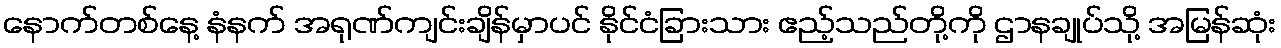
နောက်တစ်နေ့ နံနက် အရုဏ်ကျင်းချိန်မှာပင် နိုင်ငံခြားသား ဧည့်သည်တို့ကို ဌာနချုပ်သို့ အမြန်ဆုံး